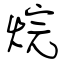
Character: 烷